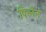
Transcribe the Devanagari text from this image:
पिन्नेन